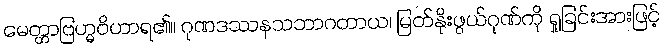
မေတ္တာဗြဟ္မဝိဟာရ၏။ ဂုဏဒဿနသဘာဂတာယ၊ မြတ်နိုးဖွယ်ဂုဏ်ကို ရှုခြင်းအားဖြင့်